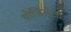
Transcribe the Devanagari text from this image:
योजिलेला